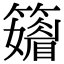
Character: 𥶫